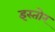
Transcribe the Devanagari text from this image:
इस्तोर